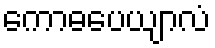
ကောဓပေယျာလံ